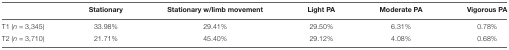
|  | Stationary | Stationary w/limb movement | Light PA | Moderate PA | Vigorous PA |
 | --- | --- | --- | --- | --- | --- |
 | T1 (n = 3,345) | 33.98% | 29.41% | 29.50% | 6.31% | 0.78% |
 | T2 (n = 3,710) | 21.71% | 45.40% | 29.12% | 4.08% | 0.68% |